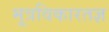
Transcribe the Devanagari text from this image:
मूत्रविकारतज्ञ